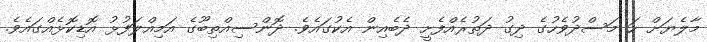
މާލެޔަށް ހަ މަސްދުވެހުގެ ދިގު ދަތުރެއްފެށީ ދެބެއިން އެކުގައެވެ. ދޮންސިއްތިބޫގެ އަމިއްލަފުޅު އޮޑިކޮޅެއްގައެވެ.